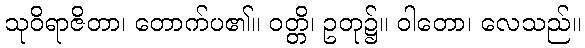
သုဝိရာဇိတာ၊ တောက်ပ၏။ ဝတ္တိ၊ ဥတု၌။ ဝါတော၊ လေသည်။